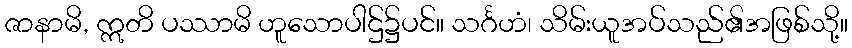
ဇာနာမိ, ဣတိ ပဿာမိ ဟူသောပါဌ်၌ပင်။ သင်္ဂဟံ၊ သိမ်းယူအပ်သည်၏အဖြစ်သို့။